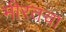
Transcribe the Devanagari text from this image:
मीरतचा